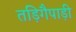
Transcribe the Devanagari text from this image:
तड़िगैपाड़ी